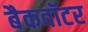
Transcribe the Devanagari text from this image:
बैकवॉटर